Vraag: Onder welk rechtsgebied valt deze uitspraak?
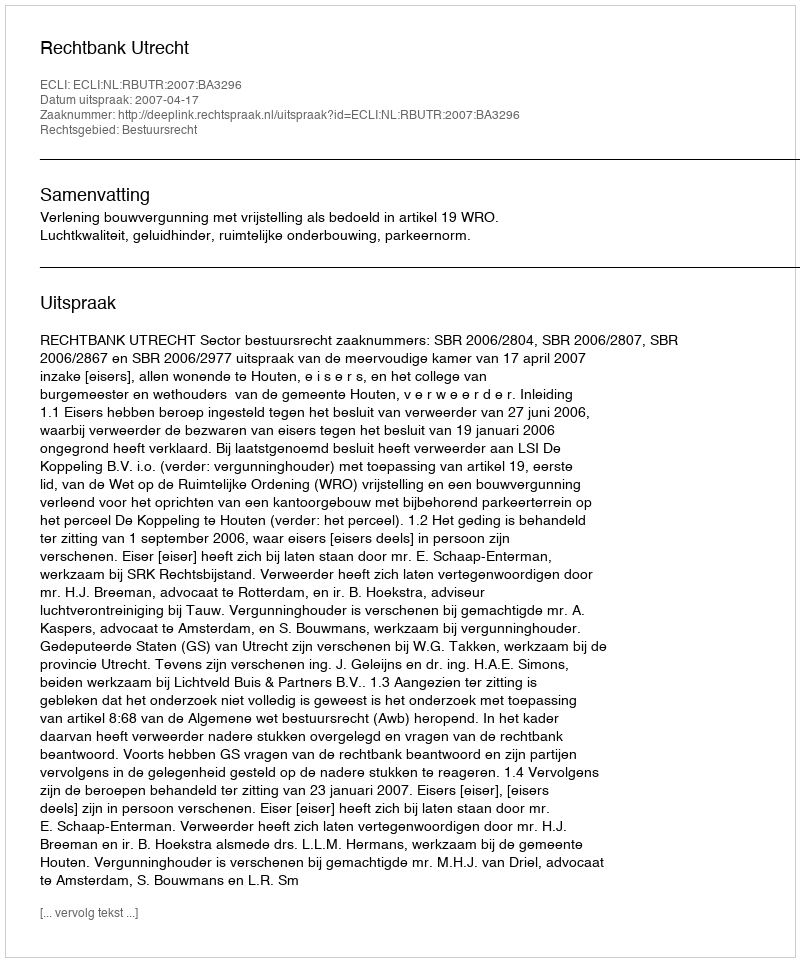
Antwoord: Bestuursrecht